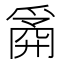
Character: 𰠆